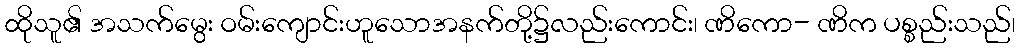
ထိုသူ၏ အသက်မွေး ဝမ်းကျောင်းဟူသောအနက်တို့၌လည်းကောင်း၊ ဏိကော- ဏိက ပစ္စည်းသည်၊